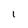
Character: 1